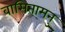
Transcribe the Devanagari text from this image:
वासितामनु